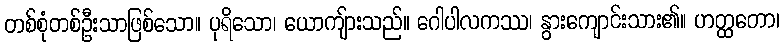
တစ်စုံတစ်ဦးသာဖြစ်သော။ ပုရိသော၊ ယောကျ်ားသည်။ ဂေါပါလကဿ၊ နွားကျောင်းသား၏။ ဟတ္ထတော၊